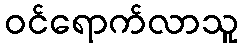
ဝင်ရောက်လာသူ